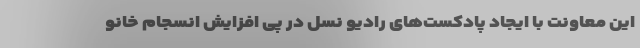
این معاونت با ایجاد پادکست‌های رادیو نسل در پی افزایش انسجام خانو